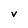
Character: v